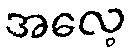
အလေ့